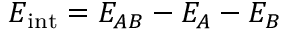
E _ { \mathrm { i n t } } = E _ { A B } - E _ { A } - E _ { B }